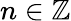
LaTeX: n\in\mathbb{Z}